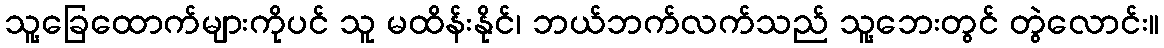
သူ့ခြေထောက်များကိုပင် သူ မထိန်းနိုင်၊ ဘယ်ဘက်လက်သည် သူ့ဘေးတွင် တွဲလောင်း။